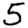
Digit: 5